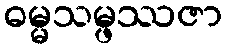
ဓမ္မသမ္ဖဿဇာ